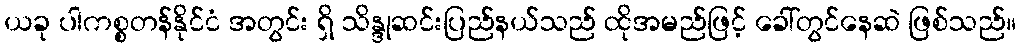
ယခု ပါကစ္စတန်နိုင်ငံ အတွင်း ရှိ သိန္ဒုဆင်းပြည်နယ်သည် ထိုအမည်ဖြင့် ခေါ်တွင်နေဆဲ ဖြစ်သည်။